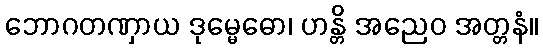
ဘောဂတဏှာယ ဒုမ္မေဓော၊ ဟန္တိ အညေဝ အတ္တနံ။